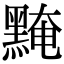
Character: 黤